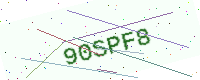
Text: 90SPF8